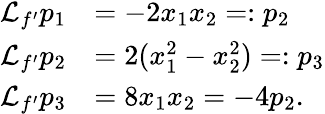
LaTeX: \begin{array}{rl}{{\mathcal{L}}_{f^{\prime}}p_{1}}&{=-2x_{1}x_{2}=:p_{2}}\\ {{\mathcal{L}}_{f^{\prime}}p_{2}}&{=2(x_{1}^{2}-x_{2}^{2})=:p_{3}}\\ {{\mathcal{L}}_{f^{\prime}}p_{3}}&{=8x_{1}x_{2}=-4p_{2}.}\end{array}